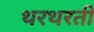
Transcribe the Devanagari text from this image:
थरथरती